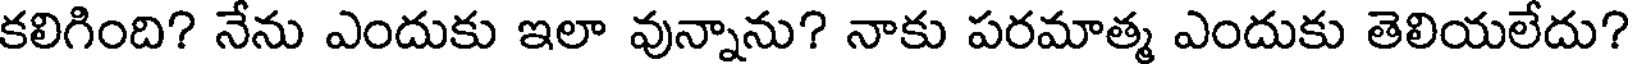
కలిగింది? నేను ఎందుకు ఇలా వున్నాను? నాకు పరమాత్మ ఎందుకు తెలియలేదు?